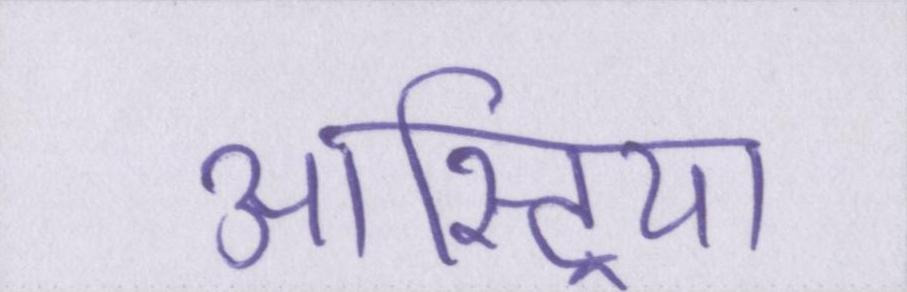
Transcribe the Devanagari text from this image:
आस्ट्रिया